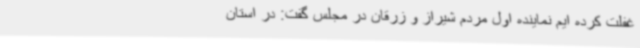
غفلت کرده ایم نماینده اول مردم شیراز و زرقان در مجلس گفت: در استان